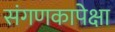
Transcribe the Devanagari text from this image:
संगणकापेक्षा